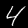
Digit: 4